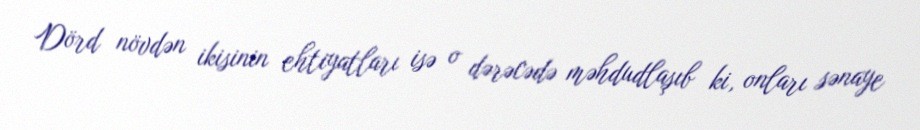
Dörd növdən ikisinin ehtiyatları isə o dərəcədə məhdudlaşıb ki, onları sənaye